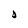
Character: D